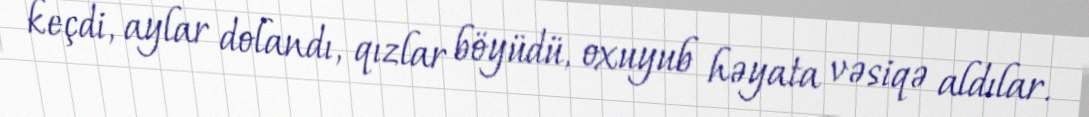
keçdi, aylar dolandı, qızlar böyüdü, oxuyub həyata vəsiqə aldılar.